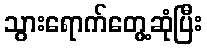
သွားရောက်တွေ့ဆုံပြီး